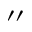
^ { \prime \prime }